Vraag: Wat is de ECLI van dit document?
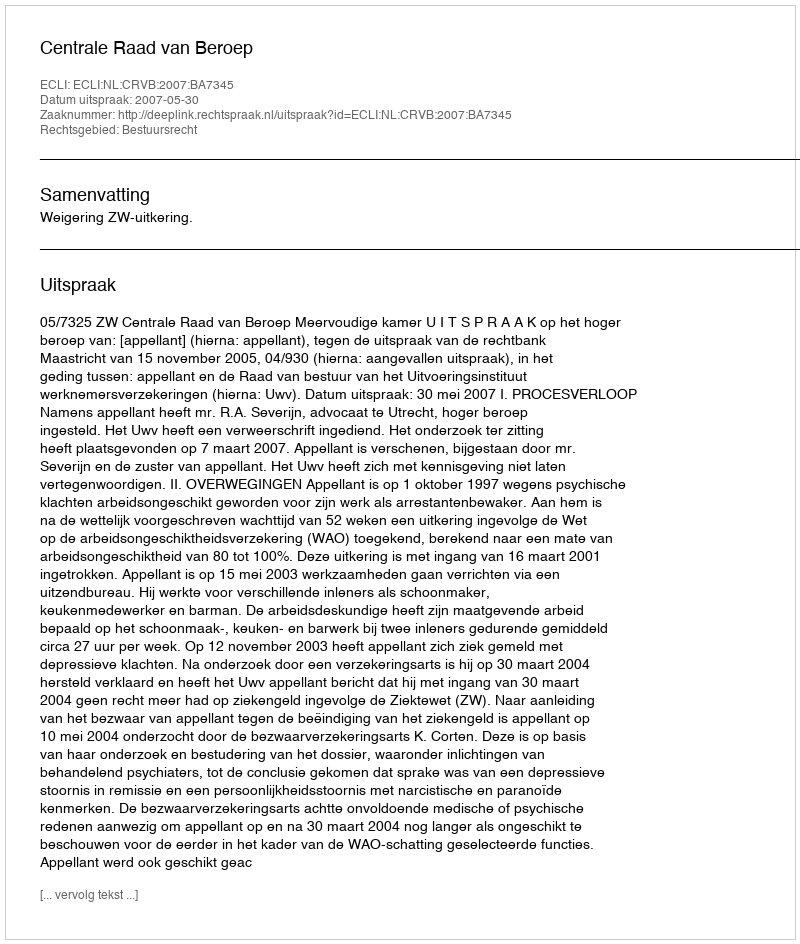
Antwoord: ECLI:NL:CRVB:2007:BA7345